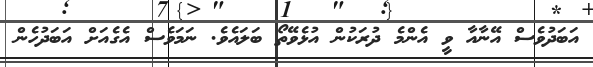
އަބަދުވެސް އޭނާއާ ވީ އެންމެ ދުރަކުން އުޅެވޭތޯ ބަލައެވެ. ނަމަވެސް އެގެއަށް އަބަދުހެން